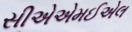
સીએએમઈએલ